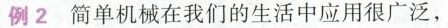
例2简单机械在我们的生活中应用很广泛，